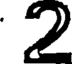
2